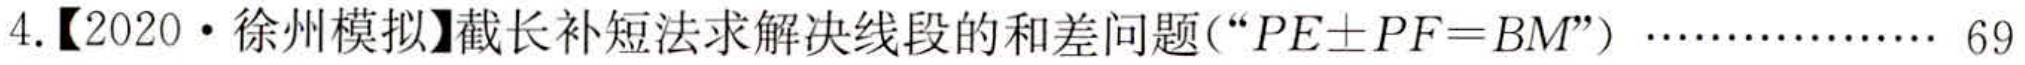
4.【2020·徐州模拟】截长补短法求解决线段的和差问题（“\(PE\pm PF = BM\)”）……………… 69